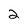
Character: 2